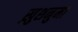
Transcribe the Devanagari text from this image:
ख़ुशनुमा